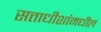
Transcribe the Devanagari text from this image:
सत्ताधीशांमधील